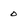
Character: 0